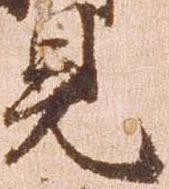
見